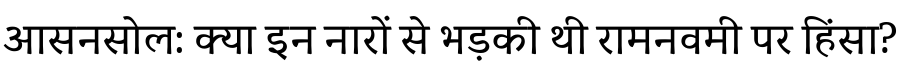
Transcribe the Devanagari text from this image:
आसनसोल: क्या इन नारों से भड़की थी रामनवमी पर हिंसा?